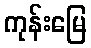
ကုန်းမြေ